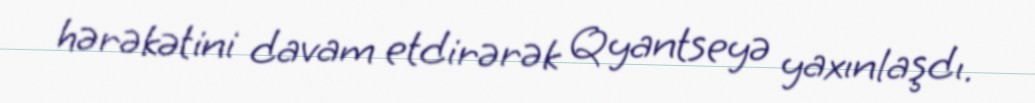
hərəkətini davam etdirərək Qyantseyə yaxınlaşdı.